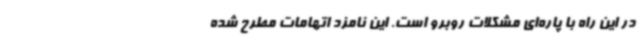
در این راه با پاره‌ای مشکلات روبرو است. این نامزد اتهامات مطرح شده